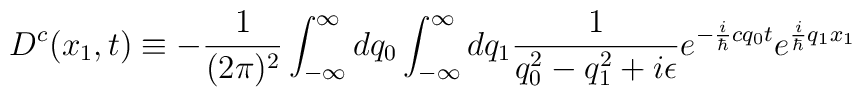
D^c(x_1,t) \equiv -\frac{1}{(2\pi)^2} \int_{-\infty}^{\infty}dq_0 \int_{-\infty}^{\infty} dq_1 \frac{1}{q_0^2 - q_1^2 +i \epsilon} e^{-\frac{i}{\hbar}cq_0t} e^{\frac{i}{\hbar}q_1x_1}